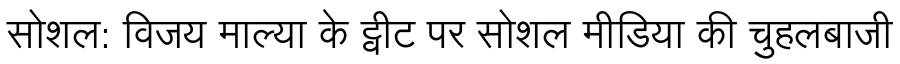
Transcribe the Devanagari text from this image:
सोशल: विजय माल्या के ट्वीट पर सोशल मीडिया की चुहलबाजी